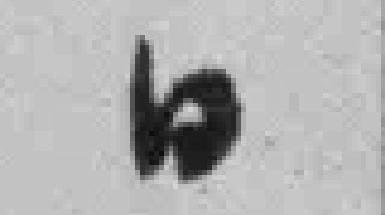
日